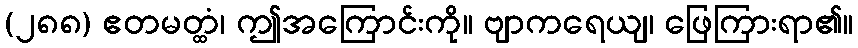
(၂၈၈) ဧတမတ္ထံ၊ ဤအကြောင်းကို။ ဗျာကရေယျ၊ ဖြေကြားရာ၏။